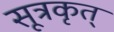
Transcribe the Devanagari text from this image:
सूत्रकृत्